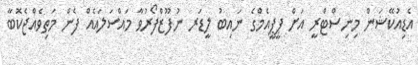
އެޑިއުކޭޝަން މިނިސްޓްރީ އަށް ޕީޕީއެމްގެ ނައިބު ލީޑަރ ނުފޫޒްފޯރުވާ މައްސަލައެއް ފެން މަތިވެއްޖެކޮބާ